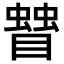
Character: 𥋅